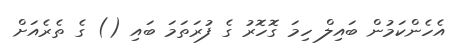
އެހެންކަމުން ބައިލް ހިމަ ގޮހޮރު ގެ ފުރަތަމަ ބައި () ގެ ތެރެއަށް